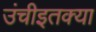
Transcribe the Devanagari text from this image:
उंचीइतक्या